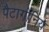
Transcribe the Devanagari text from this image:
पैटागोनिय